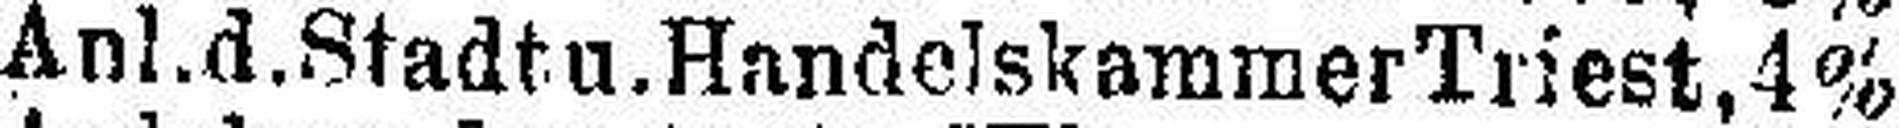
Anl. d. Stadt u. Handelskammer Triest, 4%